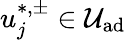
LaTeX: u_{j}^{*,\pm}\in\mathcal{U}_{\textrm{ad}}